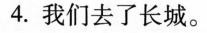
4. 我们去了长城。